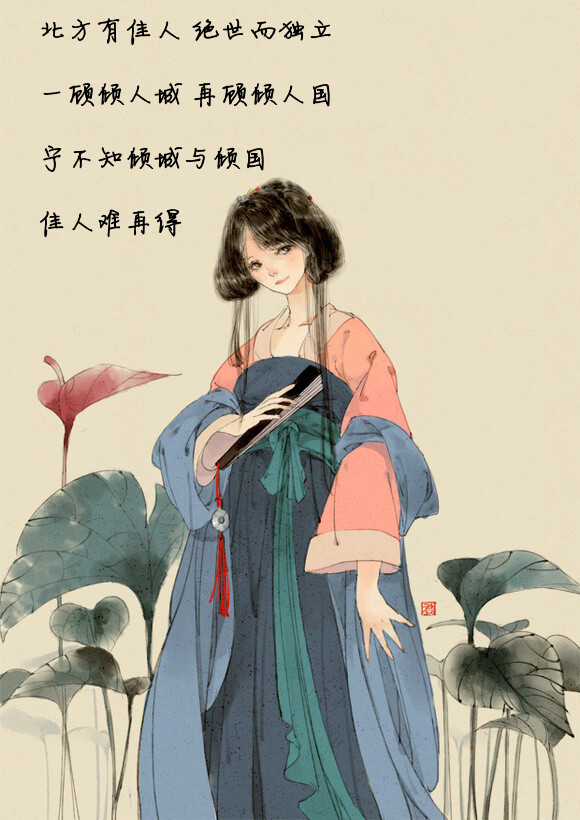
虽然不如延年妹，亦是当时绝世人。